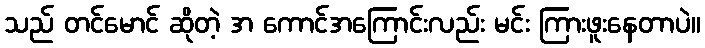
သည် တင်မောင် ဆိုတဲ့ အ ကောင်အကြောင်းလည်း မင်း ကြားဖူးနေတာပဲ။